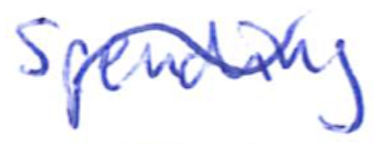
Text: spending
Cross-out: wave
Writing tool: ballpoint